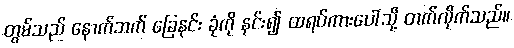
တွမ်သည် နောက်ဘက် ခြေနင်း ခုံကို နင်း၍ ထရပ်ကားပေါ်သို့ တက်လိုက်သည်။